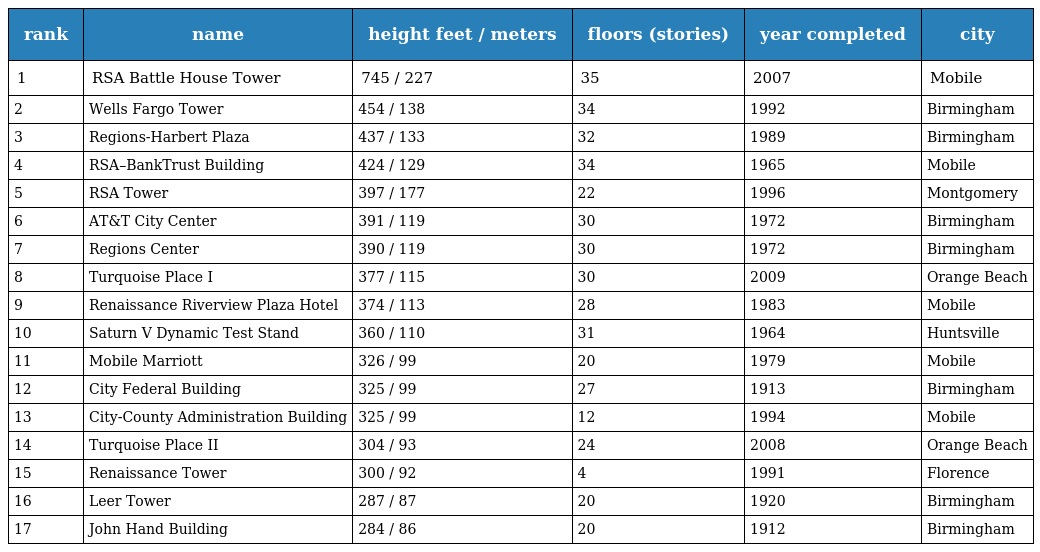
| rank | name | height feet / meters | floors (stories) | year completed | city |
 | --- | --- | --- | --- | --- | --- |
 | 1 | RSA Battle House Tower | 745 / 227 | 35 | 2007 | Mobile |
 | 2 | Wells Fargo Tower | 454 / 138 | 34 | 1992 | Birmingham |
 | 3 | Regions-Harbert Plaza | 437 / 133 | 32 | 1989 | Birmingham |
 | 4 | RSA–BankTrust Building | 424 / 129 | 34 | 1965 | Mobile |
 | 5 | RSA Tower | 397 / 177 | 22 | 1996 | Montgomery |
 | 6 | AT&T City Center | 391 / 119 | 30 | 1972 | Birmingham |
 | 7 | Regions Center | 390 / 119 | 30 | 1972 | Birmingham |
 | 8 | Turquoise Place I | 377 / 115 | 30 | 2009 | Orange Beach |
 | 9 | Renaissance Riverview Plaza Hotel | 374 / 113 | 28 | 1983 | Mobile |
 | 10 | Saturn V Dynamic Test Stand | 360 / 110 | 31 | 1964 | Huntsville |
 | 11 | Mobile Marriott | 326 / 99 | 20 | 1979 | Mobile |
 | 12 | City Federal Building | 325 / 99 | 27 | 1913 | Birmingham |
 | 13 | City-County Administration Building | 325 / 99 | 12 | 1994 | Mobile |
 | 14 | Turquoise Place II | 304 / 93 | 24 | 2008 | Orange Beach |
 | 15 | Renaissance Tower | 300 / 92 | 4 | 1991 | Florence |
 | 16 | Leer Tower | 287 / 87 | 20 | 1920 | Birmingham |
 | 17 | John Hand Building | 284 / 86 | 20 | 1912 | Birmingham |